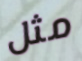
مثل